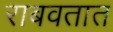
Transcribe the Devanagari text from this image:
राबवतात